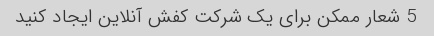
5 شعار ممکن برای یک شرکت کفش آنلاین ایجاد کنید